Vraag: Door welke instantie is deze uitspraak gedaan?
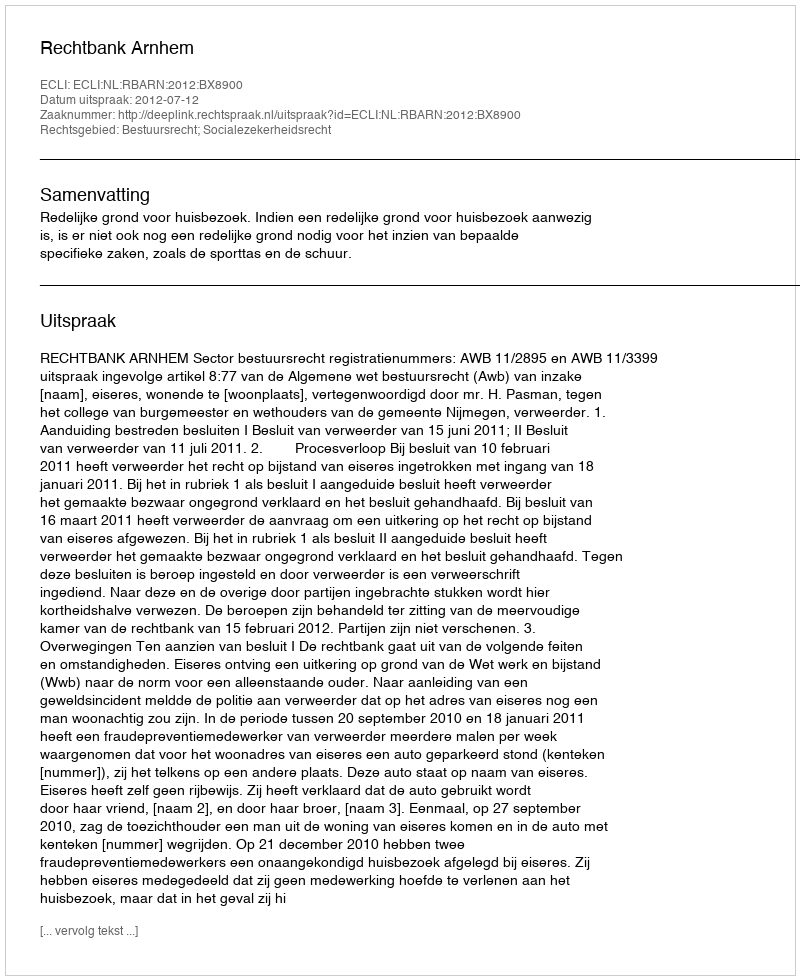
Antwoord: Rechtbank Arnhem